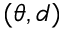
( \theta , d )